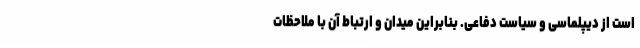
است از دیپلماسی و سیاست دفاعی. بنابراین میدان و ارتباط آن با ملاحظات